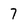
Character: 7